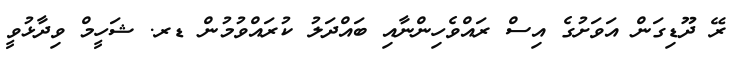
ރޭ ދޫޑިގަން އަވަށުގެ އިސް ރައްވެހިންނާއި ބައްދަލު ކުރައްވުމުން ޑރ. ޝަހީމް ވިދާޅުވީ